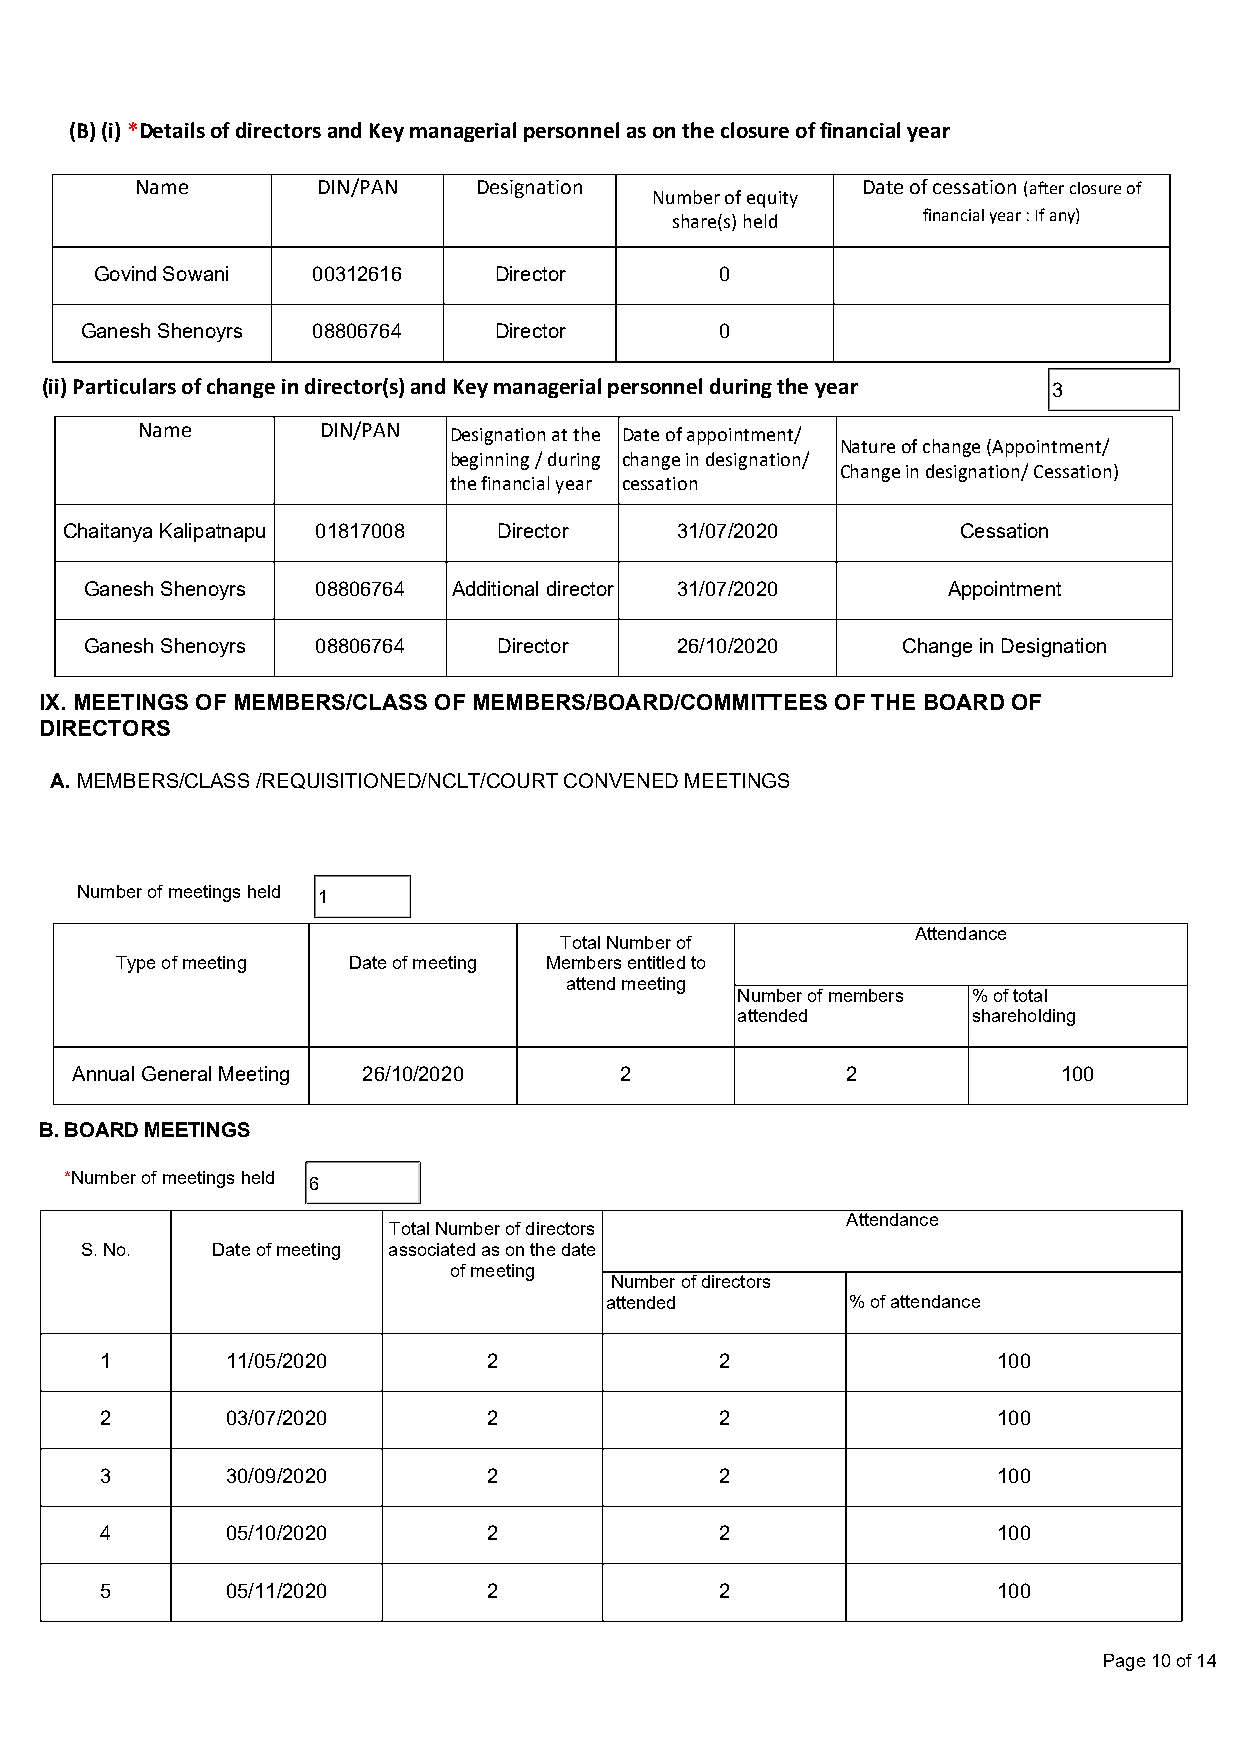
(B) (i) *Details of directors and Key managerial personnel as on the closure of financial year
 Name        DIN/PAN   Designation               Date of cessation (after closure of
 Number of equity
 share(s) held    financial year : If any)
 Govind Sowani  00312616    Director       0
 Ganesh Shenoyrs 08806764    Director       0
 (ii) Particulars of change in director(s) and Key managerial personnel during the year 3
 Name        DIN/PAN  Designation at the Date of appointment/
 Nature of change (Appointment/
 beginning / during change in designation/
 Change in designation/ Cessation)
 the financial year cessation
 Chaitanya Kalipatnapu 01817008 Director  31/07/2020        Cessation
 Ganesh Shenoyrs 08806764 Additional director 31/07/2020  Appointment
 Ganesh Shenoyrs 08806764   Director    26/10/2020     Change in Designation
 IX. MEETINGS OF MEMBERS/CLASS OF MEMBERS/BOARD/COMMITTEES OF THE BOARD OF
 DIRECTORS
 A. MEMBERS/CLASS /REQUISITIONED/NCLT/COURT CONVENED MEETINGS
 Number of meetings held 1
 Attendance
 Total Number of
 Type of meeting Date of meeting Members entitled to
 attend meeting
 Number of members % of total
 attended       shareholding
 Annual General Meeting 26/10/2020   2              2             100
 B. BOARD MEETINGS
 *Number of meetings held 6
 Attendance
 Total Number of directors
 S. No.   Date of meeting associated as on the date
 of meeting
 Number of directors
 attended        % of attendance
 1       11/05/2020       2               2                 100
 2       03/07/2020       2               2                 100
 3       30/09/2020       2               2                 100
 4       05/10/2020       2               2                 100
 5       05/11/2020       2               2                 100
 Page 10 of 14